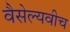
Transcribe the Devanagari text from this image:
वैसेल्यवीच